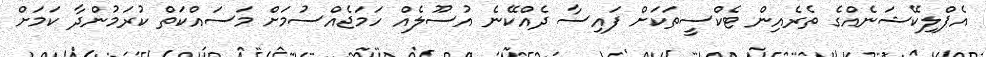
އެޕްލިކޭޝަނެއްގެ ތެރެއިން ޓެކްސީތަކަށް ފައިސާ ދެއްކޭނެ އުސޫލެއް ހަމަޖެއްސުމަށް މަސައްކަތް ކުރަމުންދާ ކަމަށް